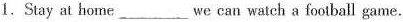
1.Stay at home___we can watch a football game.